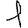
Digit: 1